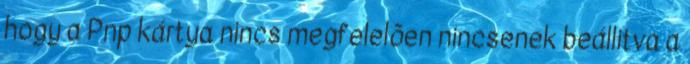
hogy a Pnp kártya nincs megfelelõen nincsenek beállitva a